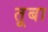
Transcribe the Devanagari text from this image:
तूबा